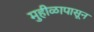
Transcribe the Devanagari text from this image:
मुहीळापासून